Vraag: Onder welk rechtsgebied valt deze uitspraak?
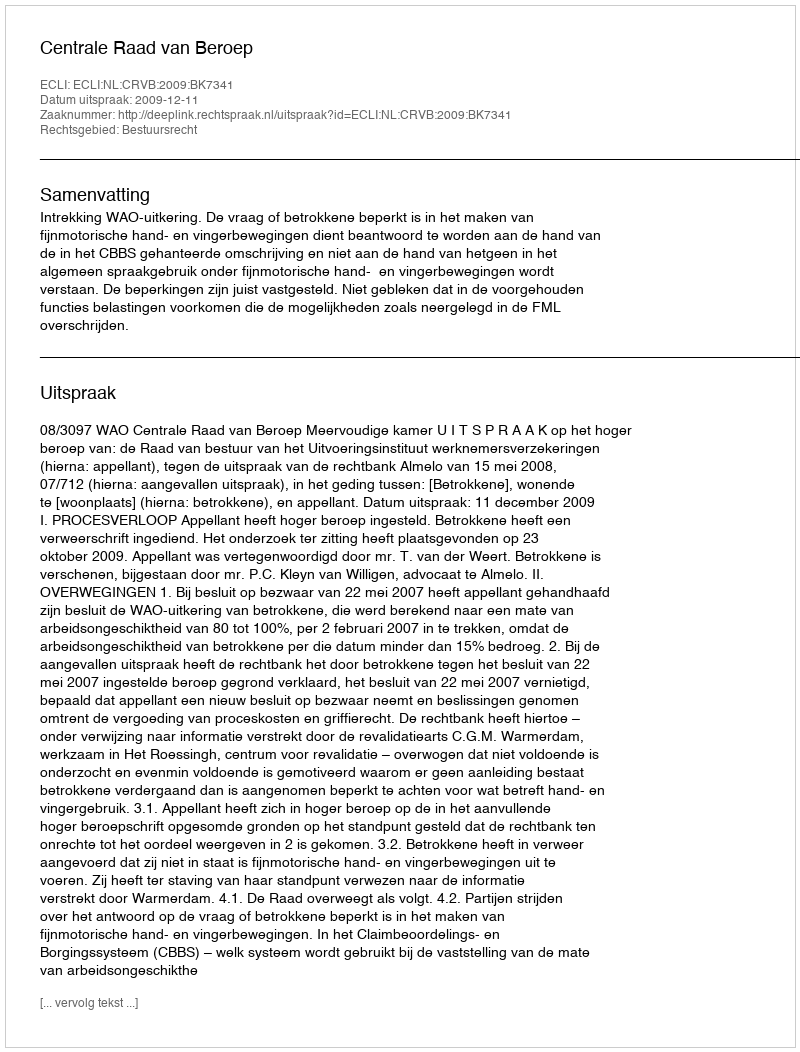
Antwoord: Bestuursrecht